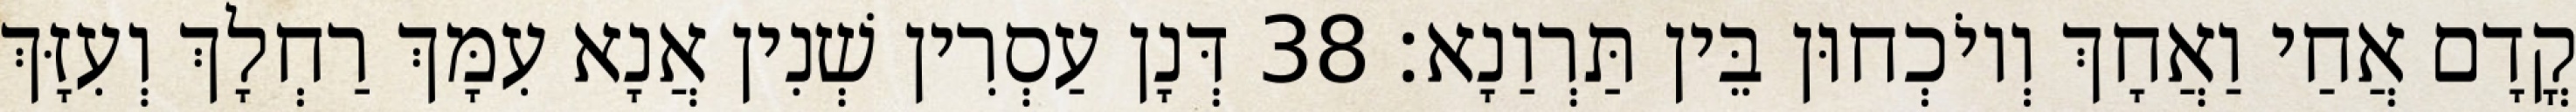
קֳדָם אֲחַי וַאֲחָךְ וְיוֹכְחוּן בֵּין תַּרְוַנָא׃ 38 דְּנָן עַסְרִין שְׁנִין אֲנָא עִמָּךְ רַחְלָךְ וְעִזָּךְ